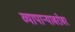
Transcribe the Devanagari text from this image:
व्यापाऱ्याबरोबर